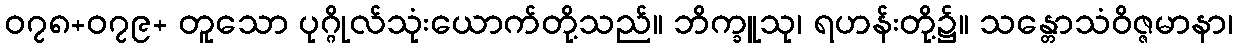
၀၇၈+၀၇၉+ တူသော ပုဂ္ဂိုလ်သုံးယောက်တို့သည်။ ဘိက္ခူသု၊ ရဟန်းတို့၌။ သန္တောသံဝိဇ္ဇမာနာ၊